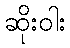
ဆိုးဝါး